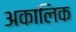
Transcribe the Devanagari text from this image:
अकालिक